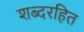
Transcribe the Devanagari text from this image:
शब्दरहित